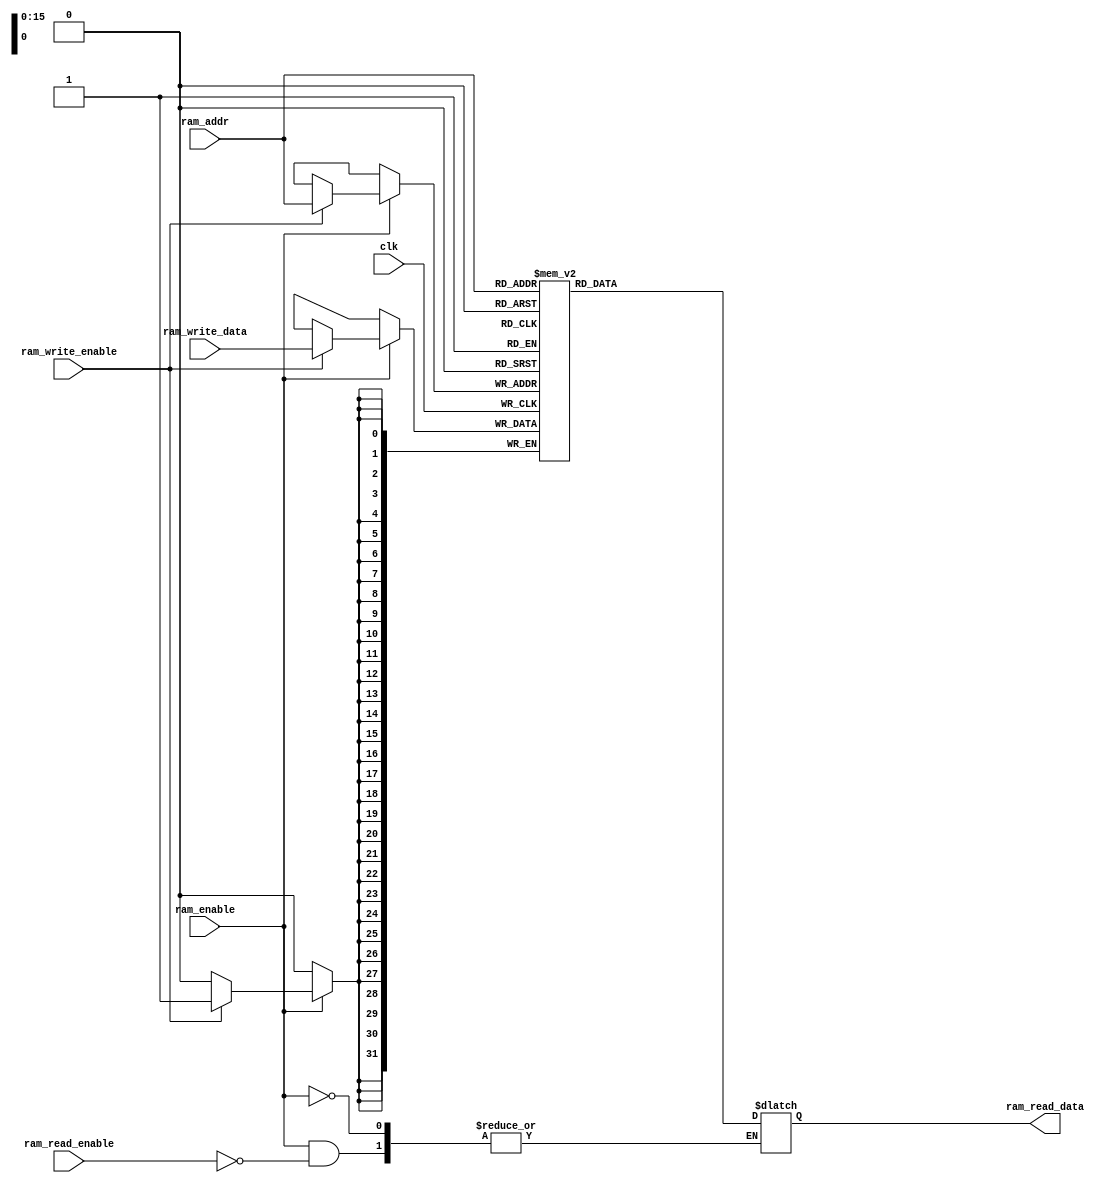
`timescale 1ns / 1ps
//////////////////////////////////////////////////////////////////////////////////
// Company: 
// Engineer: 
// 
// Design Name: 
// Module Name:    ceyloniac_sync_ram 
// Project Name: 
// Target Devices: 
// Tool versions: 
// Description: 
//
// Dependencies: 
//
// Revision: 
// Revision 0.01 - File Created
// Additional Comments: 
//
//////////////////////////////////////////////////////////////////////////////////
module ceyloniac_sync_ram
#(parameter RAM_DATA_WIDTH=32,RAM_ADDR_WIDTH=16)
(
    clk,
    ram_addr,
	ram_read_data,
	ram_write_data,
	ram_write_enable,
	ram_read_enable,
    ram_enable

);         
   parameter RAM_WIDTH = 1<<RAM_ADDR_WIDTH;
	 input clk;
	input	[RAM_DATA_WIDTH - 1:0]  ram_write_data;
	input	[RAM_ADDR_WIDTH - 1:0]	ram_addr;			
	input	 ram_write_enable;
	input ram_read_enable;
   input   ram_enable;
	output  reg [RAM_DATA_WIDTH - 1:0]	  ram_read_data;	
   reg     [RAM_DATA_WIDTH - 1:0]  ram[0 : RAM_WIDTH -1]; 

   
	always @(*)begin
	 if(ram_enable) begin
            if(ram_read_enable) begin
               ram_read_data  <= ram[ram_addr];
					end
		end
	end
	 always @(posedge clk) begin
        if(ram_enable) begin
            if(ram_write_enable) begin
               ram[ram_addr] <= ram_write_data;
           end
			 					
        end
	end	
	
	endmodule